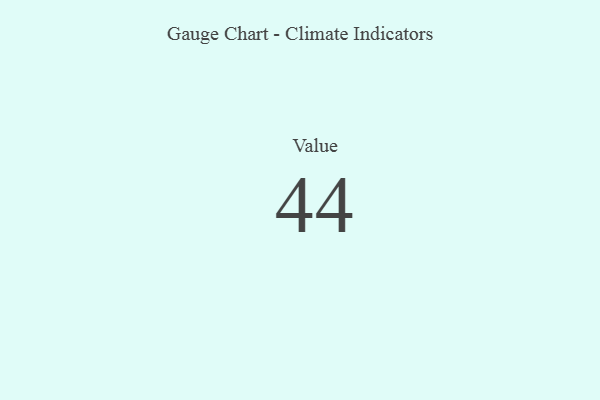
{"axis": {"x": "Metric", "y": "Value"}, "legend": [""], "data": [{"x": "Value", "y": 44, "type": ""}]}